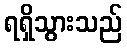
ရရှိသွားသည်